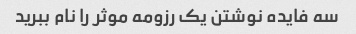
سه فایده نوشتن یک رزومه موثر را نام ببرید